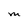
Character: M